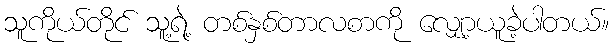
သူကိုယ်တိုင် သူ့ရဲ့ တစ်နှစ်တာလစာကို လျှော့ယူခဲ့ပါတယ်။